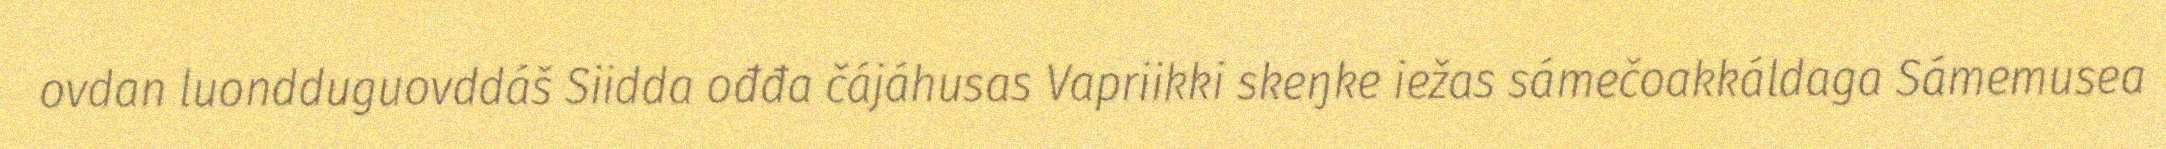
ovdan luondduguovddáš Siidda ođđa čájáhusas Vapriikki skeŋke iežas sámečoakkáldaga Sámemusea